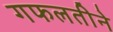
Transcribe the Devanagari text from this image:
गफलतीने